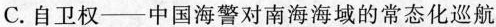
C.自卫权——中国海警对南海海域的常态化巡航